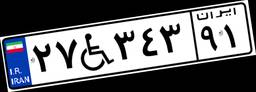
۲۷W۳۴۳۹۱